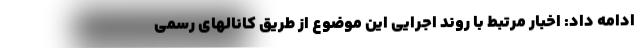
ادامه داد: اخبار مرتبط با روند اجرایی این موضوع از طریق کانالهای رسمی